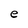
Character: e